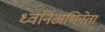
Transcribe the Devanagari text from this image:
ध्वनिअभिनेता